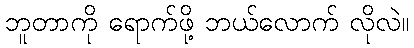
ဘူတာကို ရောက်ဖို့ ဘယ်လောက် လိုလဲ။